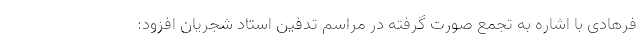
فرهادی با اشاره به تجمع صورت گرفته در مراسم تدفین استاد شجریان افزود: